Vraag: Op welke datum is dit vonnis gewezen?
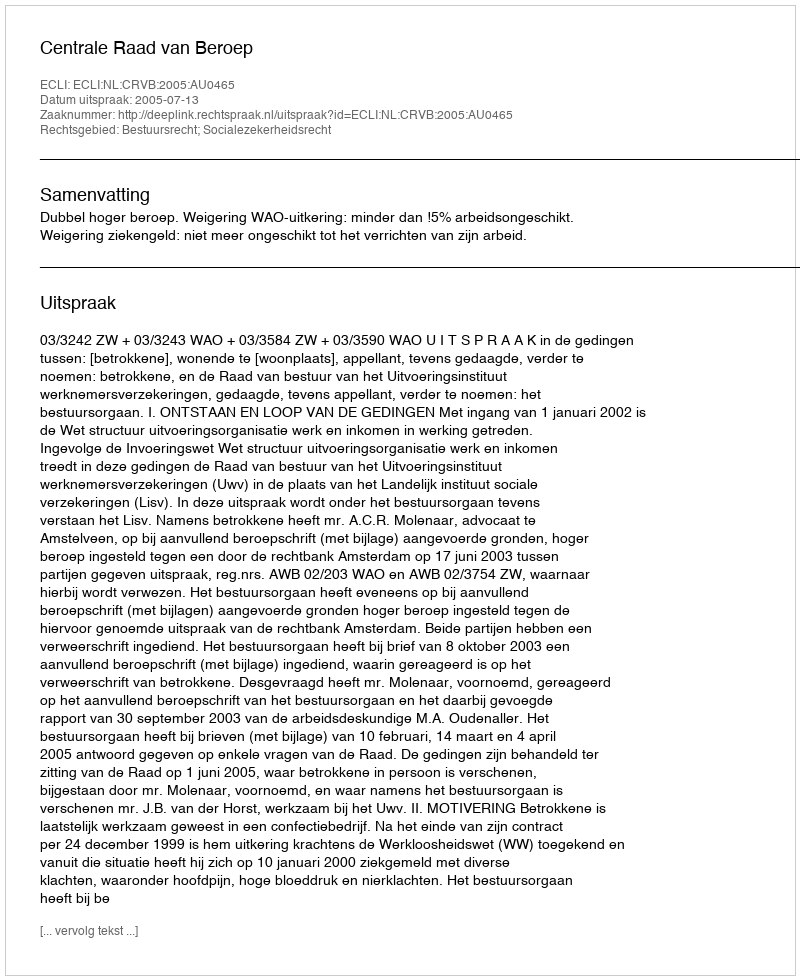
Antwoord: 2005-07-13